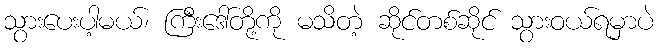
သွားပေးပါ့မယ်၊ ကြီးဒေါ်တို့ကို မသိတဲ့ ဆိုင်တစ်ဆိုင် သွားဝယ်ရမှာပဲ